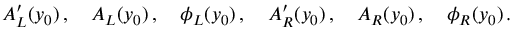
A _ { L } ^ { \prime } ( y _ { 0 } ) \, , \quad A _ { L } ( y _ { 0 } ) \, , \quad \phi _ { L } ( y _ { 0 } ) \, , \quad A _ { R } ^ { \prime } ( y _ { 0 } ) \, , \quad A _ { R } ( y _ { 0 } ) \, , \quad \phi _ { R } ( y _ { 0 } ) \, .